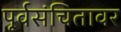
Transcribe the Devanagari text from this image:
पूर्वसंचितावर